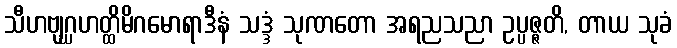
သီဟဗျဂ္ဃဟတ္ထိမိဂမောရာဒီနံ သဒ္ဒံ သုဏတော အရညသညာ ဥပ္ပဇ္ဇတိ, တာယ သုခံ